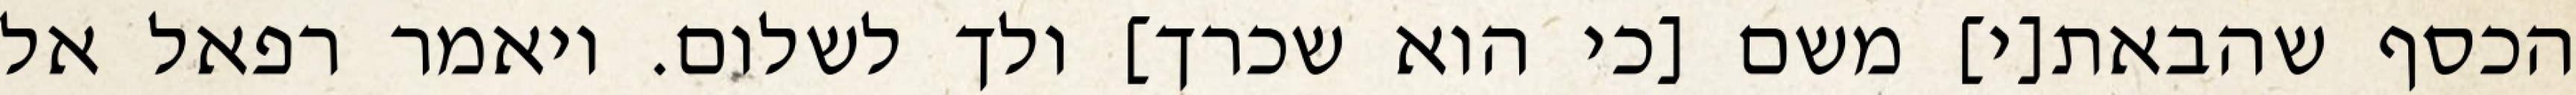
הכסף שהבאת[י] משם [כי הוא שכרך] ולך לשלום. ויאמר רפאל אל